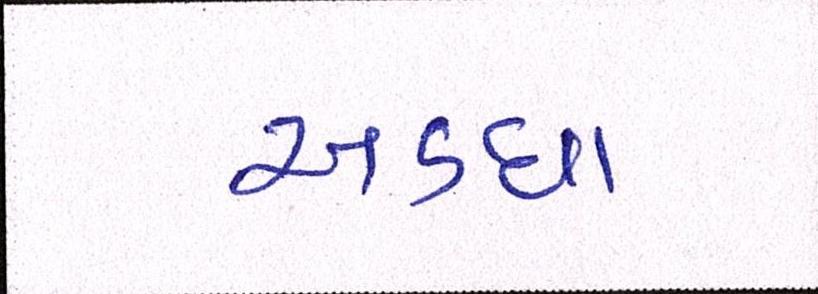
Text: અડધા